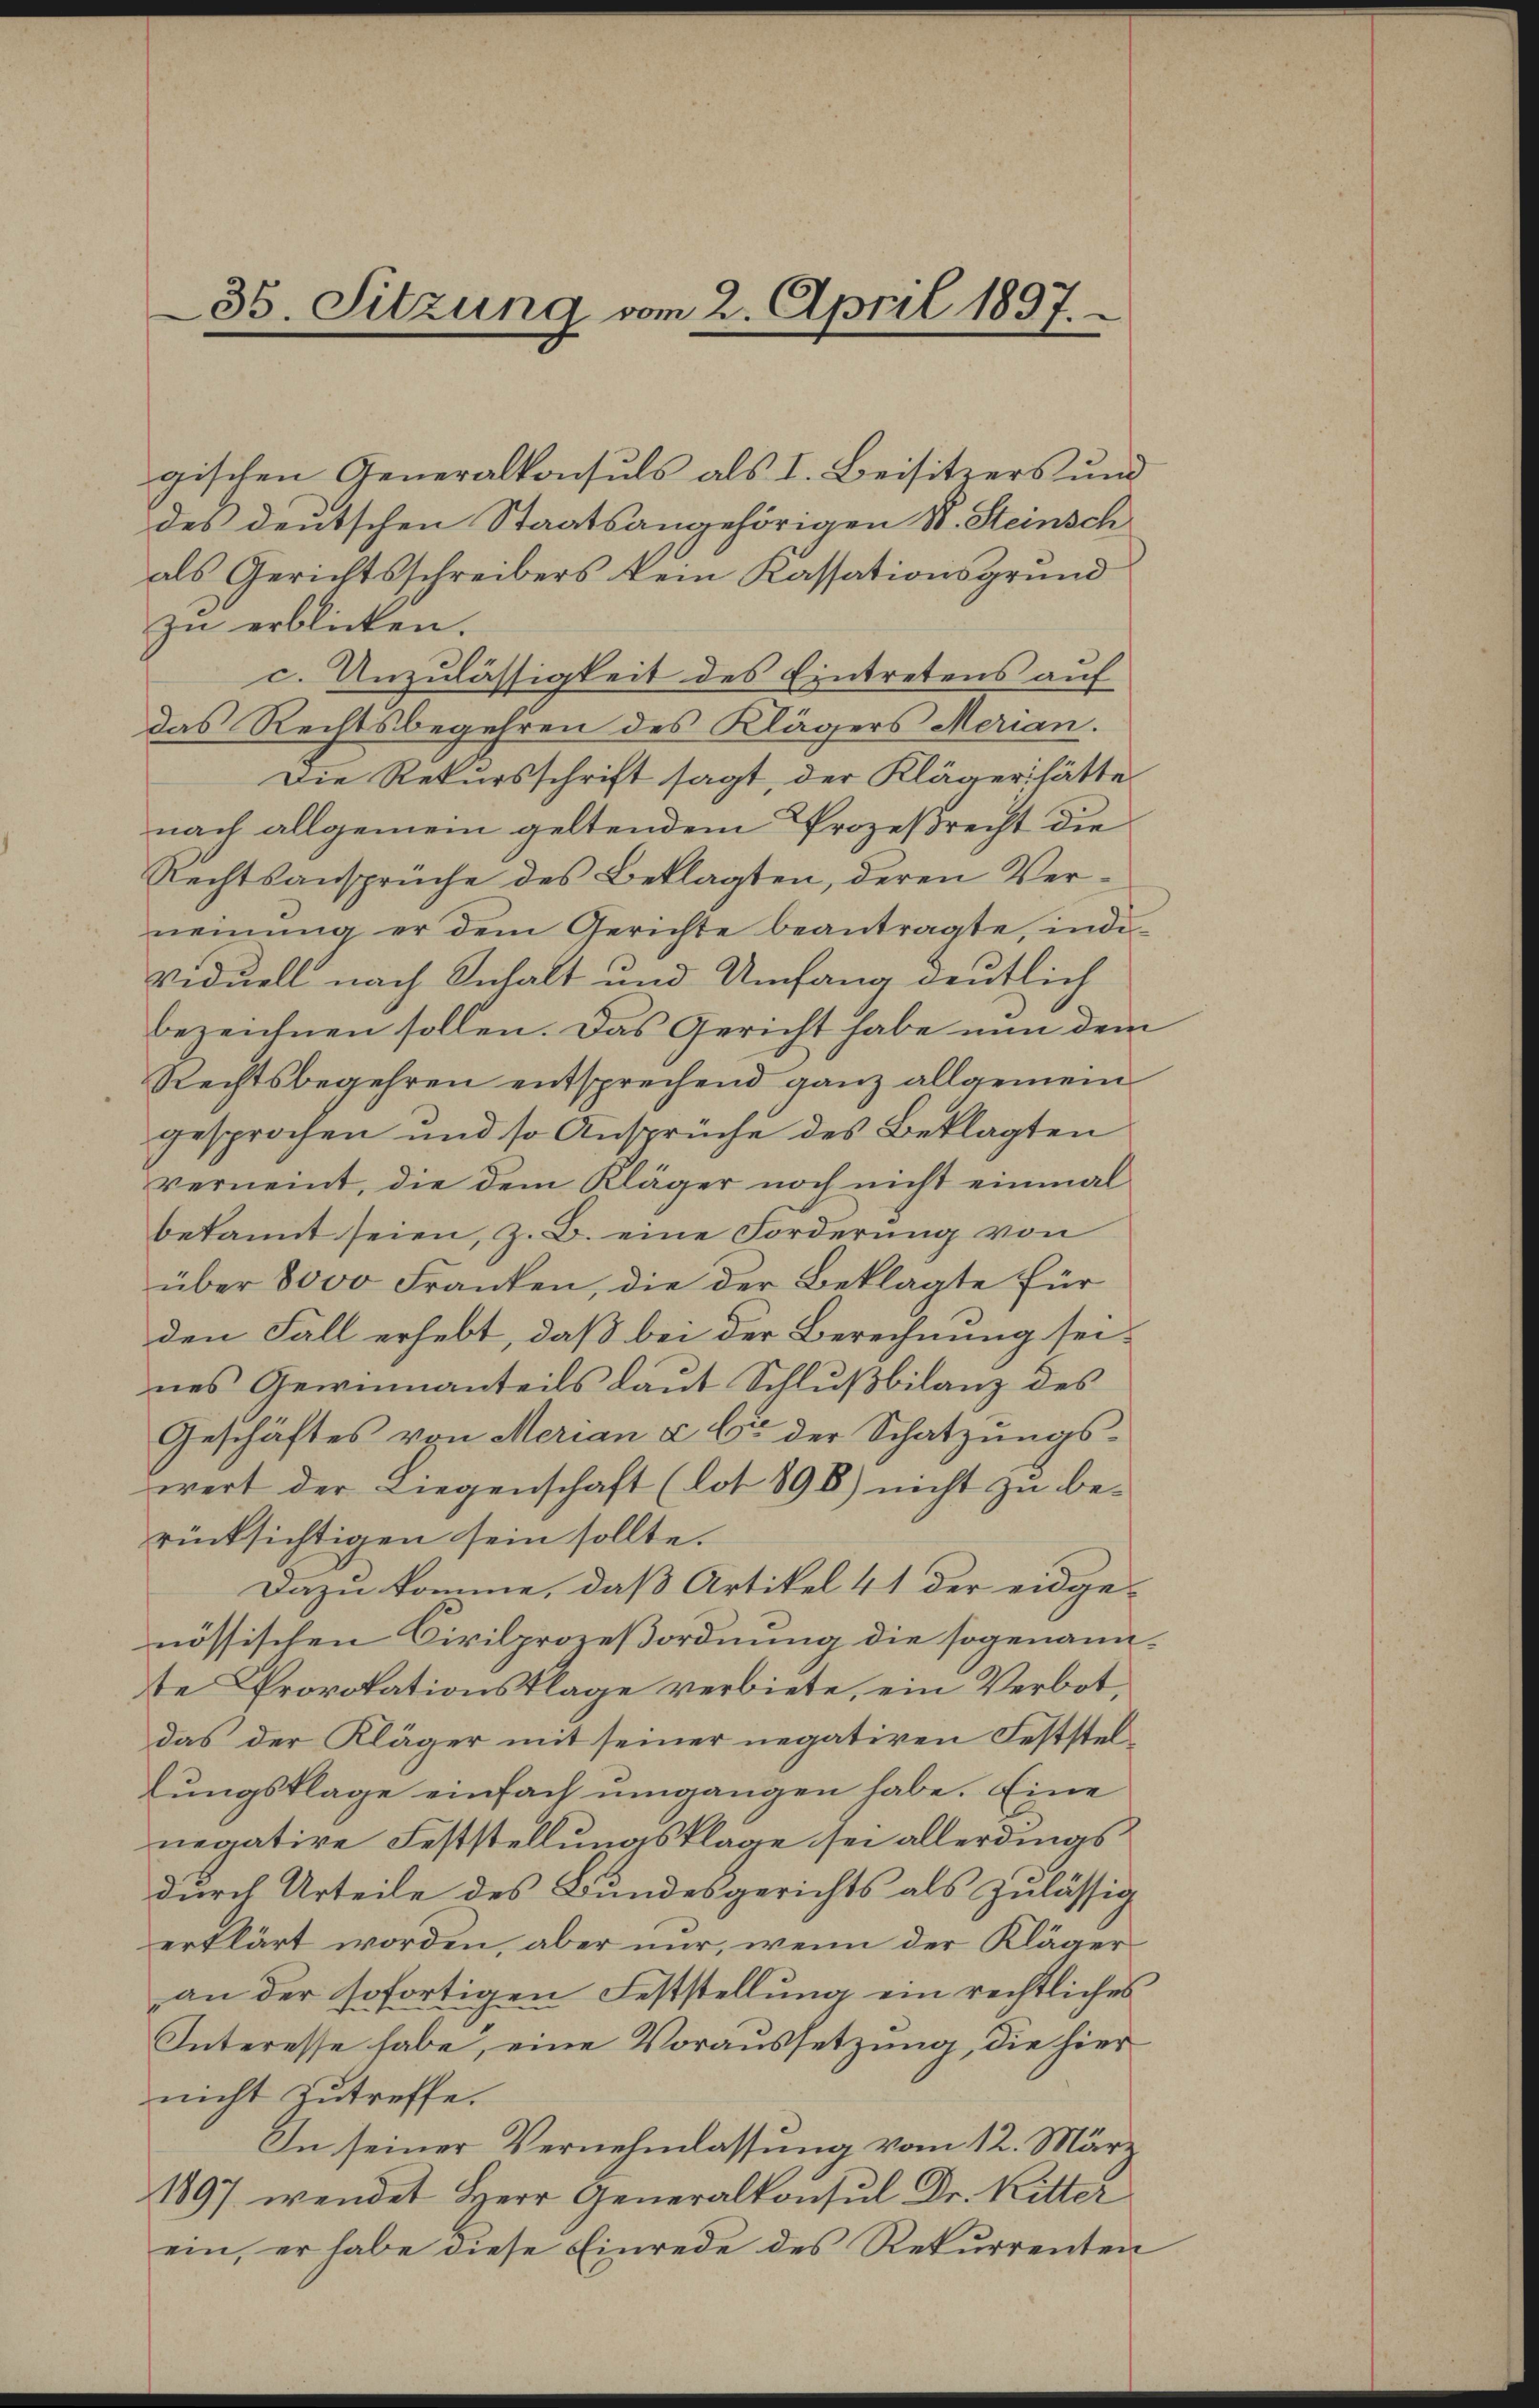
gischen Generalkonsuls als I. Beisitzers und
des deutschen Staatsangehörigen St. Steinsch
als Gerichtsschreibers kein Kassationsgrund
zu erblicken.
c. Unzulässigkeit des Eintretens auf
das Rechtsbegehren des Klägers Merian.
Die Rekursschrift sagt, der Kläger hätte
nach allgemein geltendem Prozeßrecht die
Rechtsansprüche des Beklagten, deren Verneinŭng er dem Gerichte beantragte, indi-
viduell nach Inhalt und Umfang deutlich
bezeichnen sollen. Das Gericht habe nun dem
Rechtsbegehren entsprechend ganz allgemein
gesprochen und so Ansprüche des Beklagten
verneint, die dem Kläger noch nicht einmal
bekannt seien, z. B. eine Forderung von
über 8000 Franken, die der Beklagte für
den Fall erhebt, daß bei der Berechnung seines Gewinnanteils laut Schlußbilanz des
Geschäftes von Merian à la der Schatzŭngs-
wert der Liegenschaft (lot 898) nicht zu berücksichtigen sein sollte.
Dazu komme, daß Artikel 41 der eidge-
nössischen Civilprozeßordnung die sogenannte Provokationsklage verbiete, ein Verbot,
das der Kläger mit seiner negativen Feststellungsklage einfach umgangen habe. Eine
nevative Feststellungsklage sei allerdings
durch Urteile des Bundesgerichts als zulässig
erklärt worden, aber nur, wenn der Klägeran der sofortigen Feststellung ein rechtliches
Interesse habe, eine Voraussetzung, die hier
nicht zutreffe.
In seiner Vernehmlassung vom 12. März
1897 wendet Herr Generalkonsul Dr. Ritter
ein, er habe diese Einrede des Rekurrenten

35. Sitzung vom 2. April 1897.